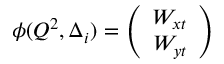
\phi ( Q ^ { 2 } , \Delta _ { i } ) = \left( \begin{array} { c } { { W _ { x t } } } \\ { { W _ { y t } } } \end{array} \right)